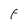
Character: F